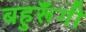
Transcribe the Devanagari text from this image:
बहुरूॅंगी